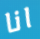
انا